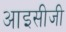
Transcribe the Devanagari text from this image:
आइसीजी